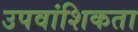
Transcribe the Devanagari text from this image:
उपवांशिकता